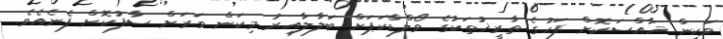
ވަކިން ޚާއްސަކޮށް ފަހުގެ ތާރީޚުތަކުގެ ވޯލްޑްކަޕަށް ބަލާލާއިރު މިކަން ވަރަށް ސާފުކޮށް ފެނެއެވެ.